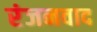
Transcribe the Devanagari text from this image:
रंजनवाद